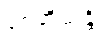
စေတိယန္တိ